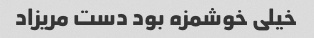
خیلی خوشمزه بود دست مریزاد